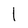
Character: 1